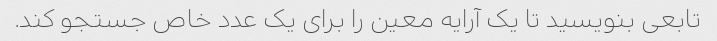
تابعی بنویسید تا یک آرایه معین را برای یک عدد خاص جستجو کند.